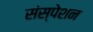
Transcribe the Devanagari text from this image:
संस्पेशन